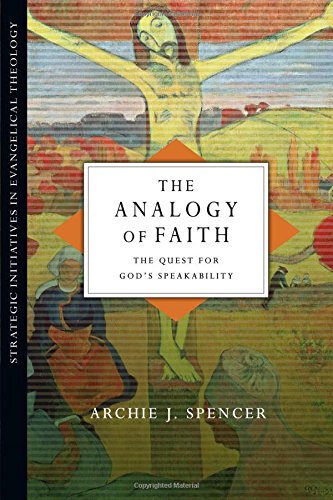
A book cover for The Analogy of Faith: The Quest for God's Speakability (Strategic Initiatives in Evangelical Theology); Archie J. Spencer; Christian Books & Bibles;